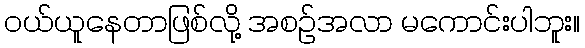
ဝယ်ယူနေတာဖြစ်လို့ အစဉ်အလာ မကောင်းပါဘူး။